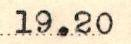
19.20